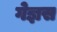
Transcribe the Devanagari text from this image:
गेज्ञस